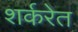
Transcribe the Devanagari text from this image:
शर्करेत